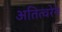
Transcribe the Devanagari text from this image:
अतित्वरेने